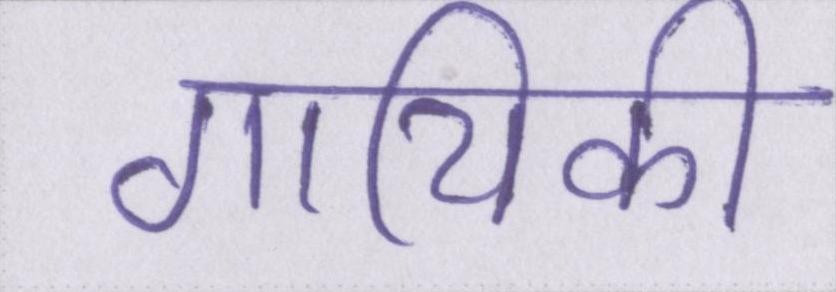
गायिकी